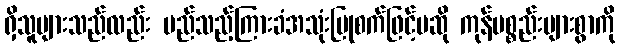
ရှိသူများသည်လည်း မည်သည့်ကြားခံအသုံးပြုစက်ဖြင့်မဆို ကုန်ပစ္စည်းများစွာကို